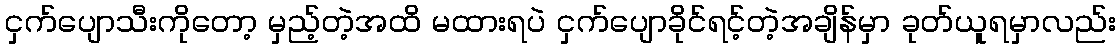
ငှက်ပျောသီးကိုတော့ မှည့်တဲ့အထိ မထားရပဲ ငှက်ပျောခိုင်ရင့်တဲ့အချိန်မှာ ခုတ်ယူရမှာလည်း